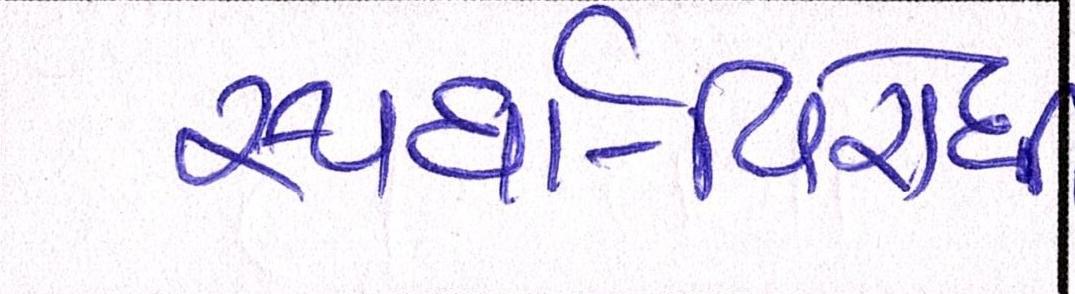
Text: સ્પર્ધા-વિરોધી